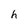
Character: h